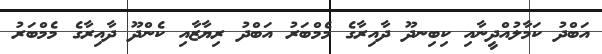
އަބްދު ކަމާލުއްދީނާއި ކިބިނދޫ ދާއިރާގެ މެމްބަރު އަބްދު ރިޔާޒާއި ކެންދޫ ދާއިރާގެ މެމްބަރު